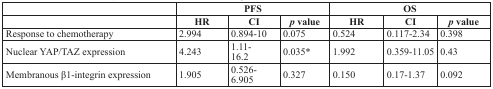
|  | <COLSPAN=3> PFS | <COLSPAN=3> OS |
 |  | HR | CI | p value | HR | CI | p value |
 | --- | --- | --- | --- | --- | --- | --- |
 | Response to chemotherapy | 2.994 | 0.894-10 | 0.075 | 0.524 | 0.117-2.34 | 0.398 |
 | Nuclear YAP/TAZ expression | 4.243 | 1.11- 16.2 | 0.035* | 1.992 | 0.359-11.05 | 0.43 |
 | Membranous β1-integrin expression | 1.905 | 0.526-6.905 | 0.327 | 0.150 | 0.17-1.37 | 0.092 |